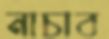
নাচাব